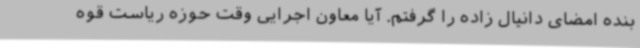
بنده امضای دانیال زاده را گرفتم. آیا معاون اجرایی وقت حوزه ریاست قوه